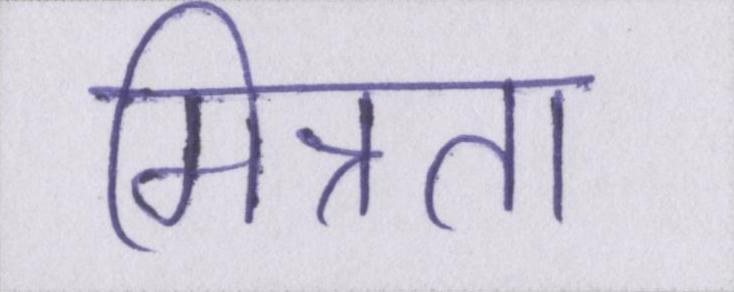
मित्रता